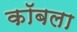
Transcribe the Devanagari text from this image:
कॉबला